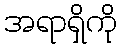
အရာရှိကို